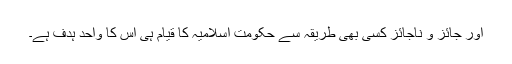
اور جائز و ناجائز کسی بھی طریقہ سے حکومت اسلامیہ کا قیام ہی اس کا واحد ہدف ہے۔